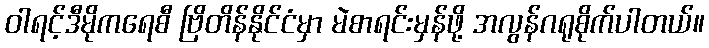
ဝါရင့်ဒီမိုကရေစီ ဗြိတိန်နိုင်ငံမှာ မဲစာရင်းမှန်ဖို့ အလွန်ဂရုစိုက်ပါတယ်။